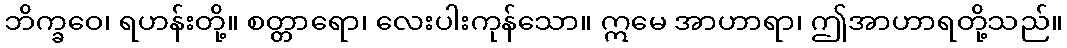
ဘိက္ခဝေ၊ ရဟန်းတို့။ စတ္တာရော၊ လေးပါးကုန်သော။ ဣမေ အာဟာရာ၊ ဤအာဟာရတို့သည်။